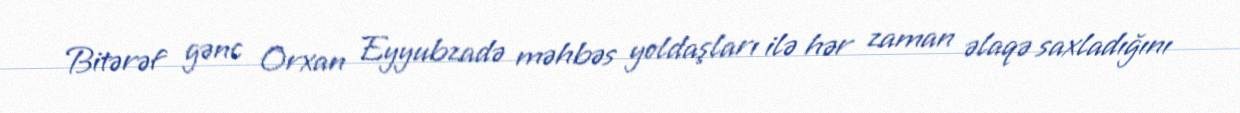
Bitərəf gənc Orxan Eyyubzadə məhbəs yoldaşları ilə hər zaman əlaqə saxladığını